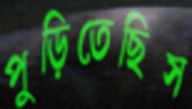
পুড়িতেছিস